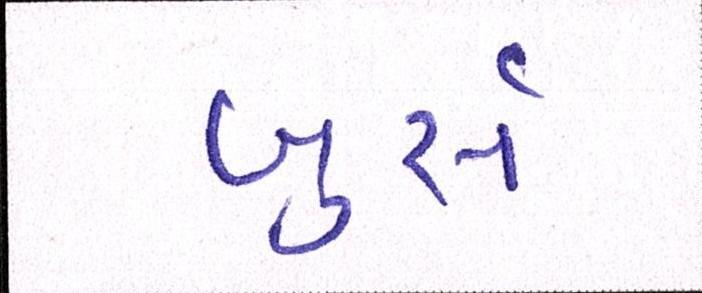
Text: બુર્સ